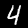
Label: 4